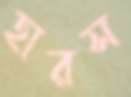
হারস